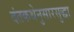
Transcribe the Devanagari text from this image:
दंतकथेनुसारसुद्धा